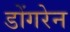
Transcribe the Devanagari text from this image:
डोंगरेन